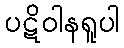
ပဋိဝါနရူပါ